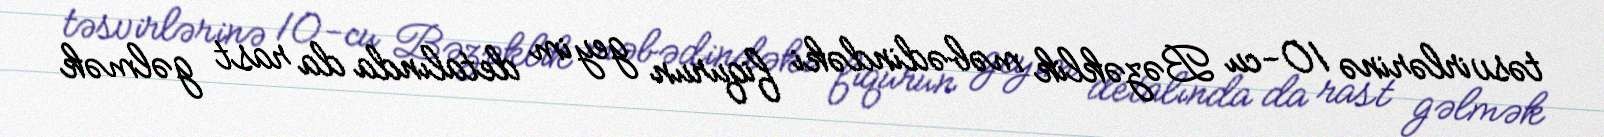
təsvirlərinə 10-cu Bəzəklik məbədindəki fiqurun geyim detalında da rast gəlmək